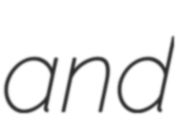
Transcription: and